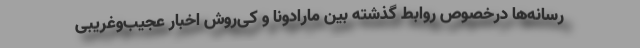
رسانه‌ها درخصوص روابط گذشته بین مارادونا و کی‌روش اخبار عجیب‌وغریبی